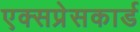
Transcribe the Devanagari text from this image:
एक्सप्रेसकार्ड